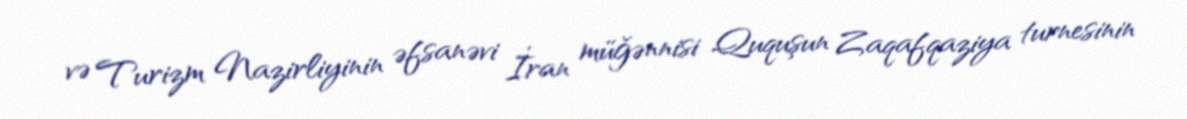
və Turizm Nazirliyinin əfsanəvi İran müğənnisi Ququşun Zaqafqaziya turnesinin